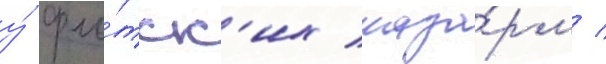
у́ фло́тск'их каза́рм /